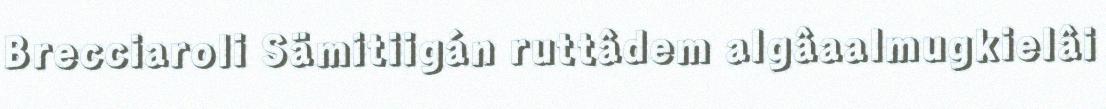
Brecciaroli Sämitiigán ruttâdem algâaalmugkielâi